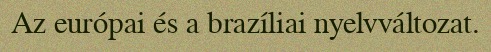
Az európai és a brazíliai nyelvváltozat.